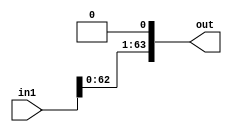
module bit1_SLL64(in1, out);

input [63:0] in1;
output [63:0] out;


assign out[0] = 1'b0;
genvar c;
   generate
	for(c=1; c<=63;c=c+1) begin: loop1
	
	assign out[c] = in1[c-1];
	
	end
	endgenerate


endmodule